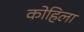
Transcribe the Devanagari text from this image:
कोहिला